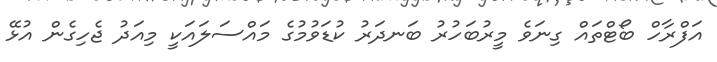
އަފްރާހް ބޯޓްތައް ގިނަވެ މީރުބަހުރު ބަނދަރު ކުޑަވުމުގެ މައްސަލައަކީ މިއަދު ޖެހިގެން އުޅޭ